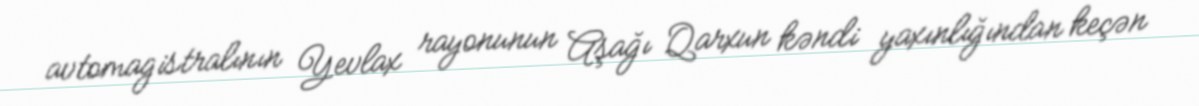
avtomagistralının Yevlax rayonunun Aşağı Qarxun kəndi yaxınlığından keçən